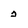
Character: 2